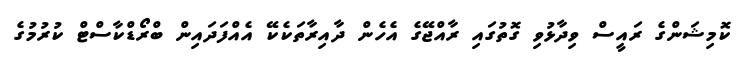
ކޮމިޝަންގެ ރައީސް ވިދާޅުވި ގޮތުގައި ރާއްޖޭގެ އެހެން ދާއިރާތަކެކޭ އެއްފަދައިން ބްރޯޑްކާސްޓް ކުރުމުގެ